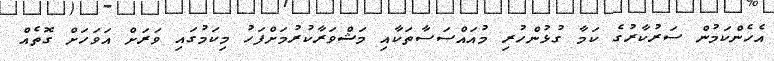
އެހެންކަމުން ސަރުކާރުގެ ކަމާ ގުޅުންހުރި މުއައްސަސާތަކާއި މަޝްވަރާކުރުމަށްފަހު މިކަމުގައި ވަަރަށް އަވަހަށް ގޮތެއް